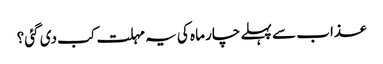
عذاب سے پہلے چار ماہ کی یہ مہلت کب دی گئی؟